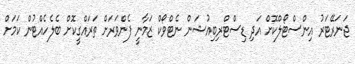
ޖަނަރޭޓަރު އިންސްޓޯލްކޮށް އަދި ޑިސްޓްރިބިއުޝަން ނެޓްވޯކް ޒަމާނީ ފެންވަރަށް ތަރައްގީކޮށް ބެލެހެއްޓުން ކަމަށް